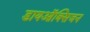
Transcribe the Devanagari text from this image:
डायऑक्सिजन